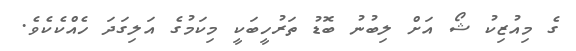
ގެ މިއުޒިކު ޝޯ އަށް ލިބުނު ބޮޑު ތަރުހީބަކީ މިކަމުގެ އަލިގަދަ ހެއްކެކެވެ.